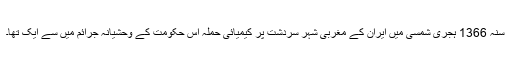
سنہ 1366 ہجری شمسی میں ایران کے مغربی شہر سردشت پر کیمیائی حملہ اس حکومت کے وحشیانہ جرائم میں سے ایک تھا۔